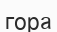
гора